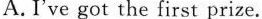
A. I've got the first prize.